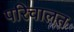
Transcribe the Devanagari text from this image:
परिचालत